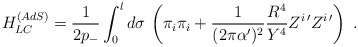
\begin{align*} H_{LC}^{(AdS)}= \frac{1}{2 p_-}\int_0^l d\sigma \, \left( \pi_i \pi_i + \frac{1}{(2\pi\alpha')^2} \frac{R^4}{Y^4} Z^{i\,\prime} Z^{i\,\prime} \right)\ .\end{align*}